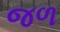
જળ